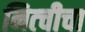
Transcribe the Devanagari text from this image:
नित्चीचा